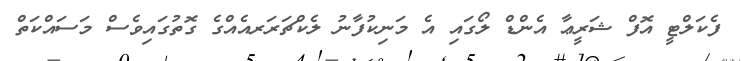
ފެކަލްޓީ އޮފް ޝަރީޢާ އެންޑް ލޯގައި އެ މަނިކުފާނު ލެކްޗަރަރއެއްގެ ގޮތުގައިވެސް މަސައްކަތް